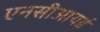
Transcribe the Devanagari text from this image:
एनसीआयई